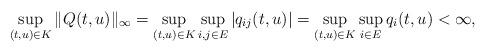
LaTeX: \begin{align*} \sup_{(t,u)\in K}\|Q(t,u)\|_\infty &=\sup_{(t,u)\in K}\sup_{i,j\in E}|q_{ij}(t,u)| =\sup_{(t,u)\in K}\sup_{i\in E}q_i(t,u)<\infty,\end{align*}